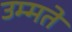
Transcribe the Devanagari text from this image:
उम्मते